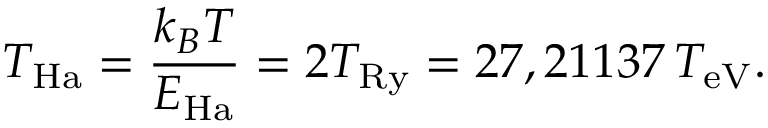
T _ { \mathrm { H a } } = \frac { k _ { B } T } { E _ { \mathrm { H a } } } = 2 T _ { \mathrm { R y } } = 2 7 , 2 1 1 3 7 \, T _ { \mathrm { e V } } .